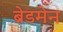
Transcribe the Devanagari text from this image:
ब्रेडमेन